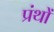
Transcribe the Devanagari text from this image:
प्रंथों